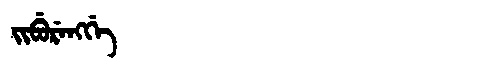
Manchu: ᠵᡳᠪᡠᡵᡝᠩᡤᡝ
Romanization: JIBURENGGE